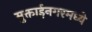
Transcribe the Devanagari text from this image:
मुक्ताईनगरमध्ये